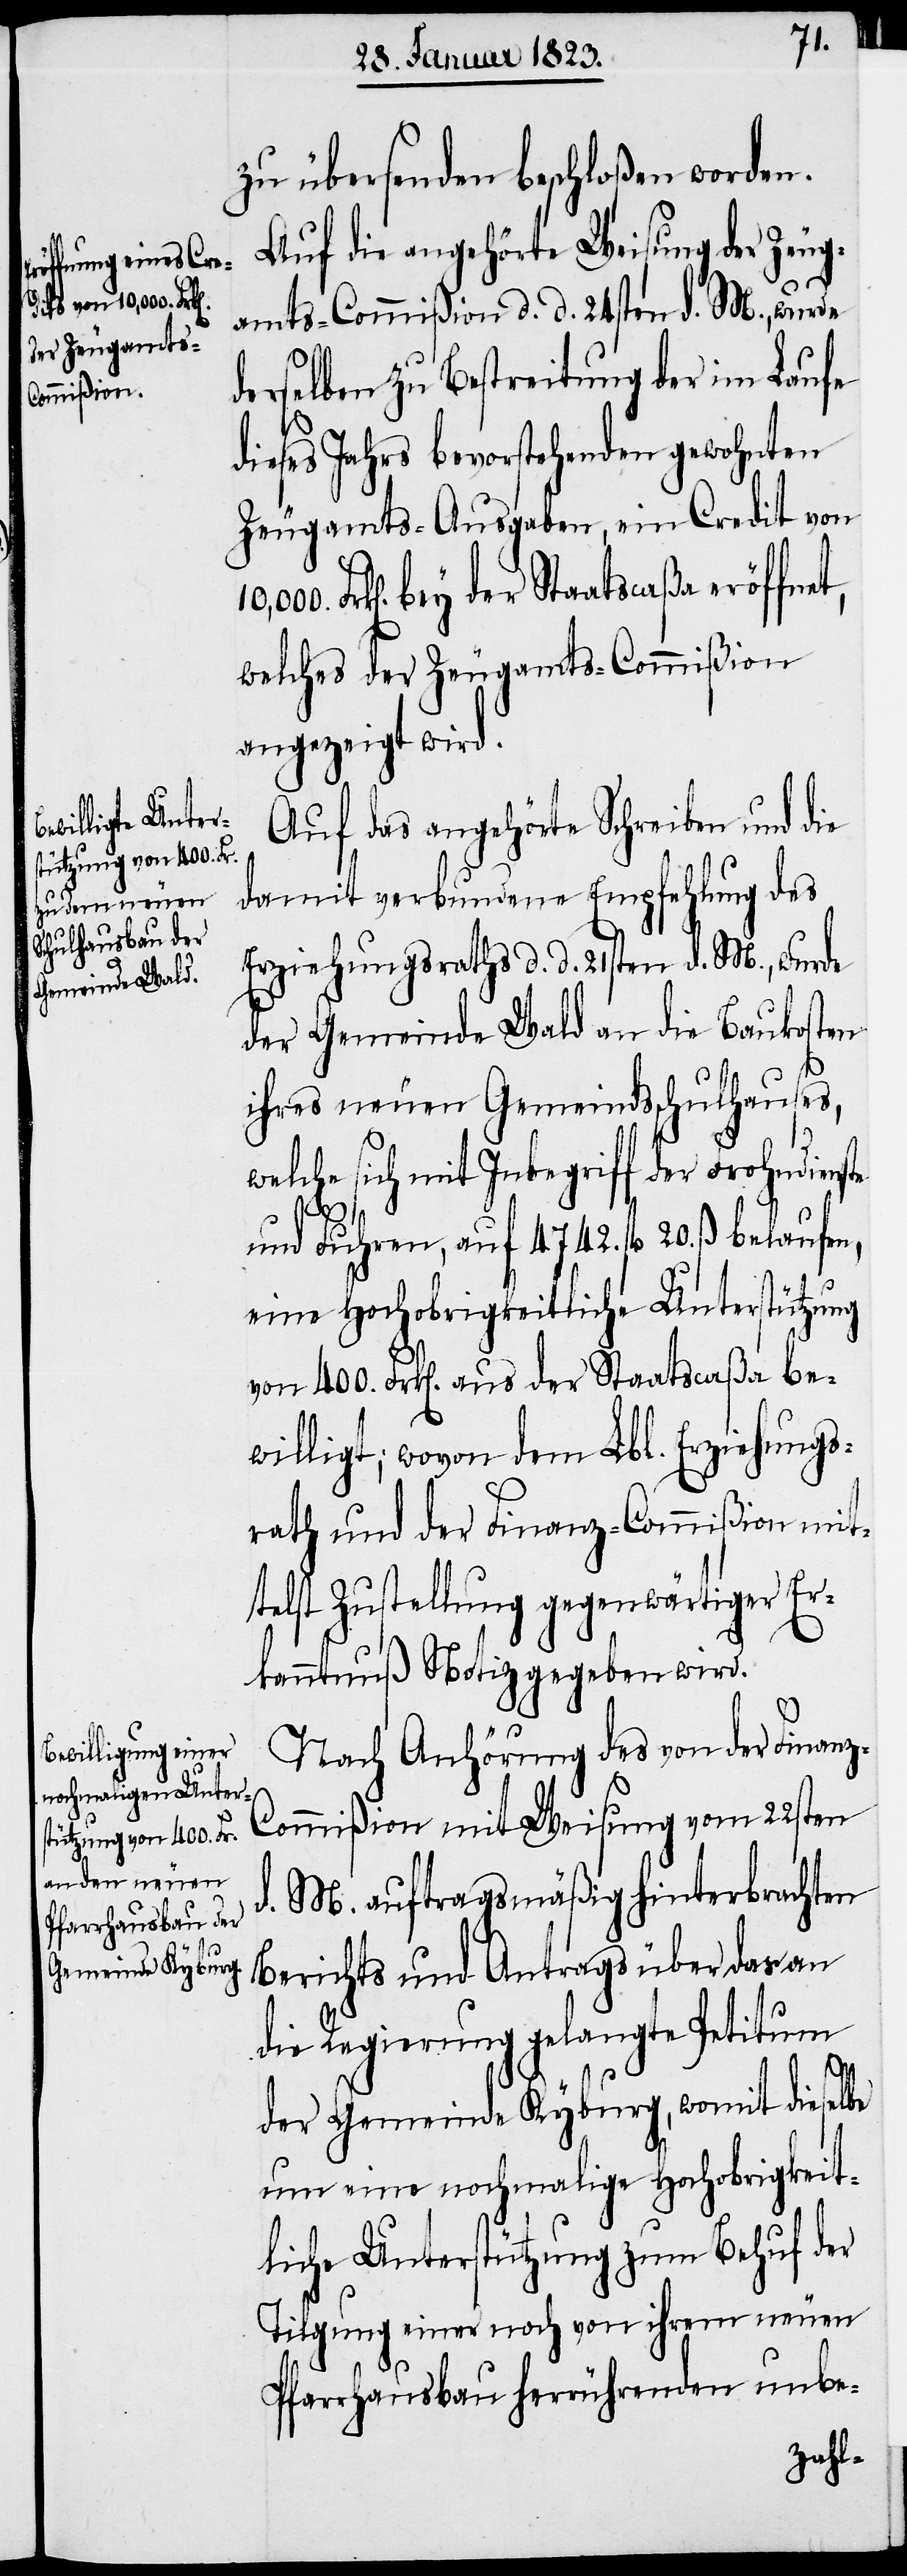
zu übersenden beschloßen worden.
Auf die angehörte Weisung der Zeug¬
amts-Commißion d. d. 24sten d. M., wurde
derselben zu Bestreitung der im Laufe
dieses Jahrs bevorstehenden gewohnten
Zeugamts-Ausgaben, ein Credit von
Frk[en]. bey der Staatscaßa eröffnet,
welches der Zeugamts-Commißion
angezeigt wird.
Auf das angehörte Schreiben und die
damit verbundene Empfehlung des
Erziehungsraths d. d. 21sten d. M., wurde
der Gemeinde Wald an die Baukosten
ihres neuen Gemeindsschulhauses,
welche sich mit Inbegriff der Frohndienste
und Fuhren, auf 4742. fl. 20. ß. belaufen,
eine Hochobrigkeitliche Unterstützung
von 400. Frk[en]. aus der Staatscaßa be¬
willigt; wovon dem Lbl. Erziehungs¬
rath und der Finanz-Commißion mit¬
telst Zustellung gegenwärtiger Er¬
kanntnuß Notiz gegeben wird.
Nach Anhörung des von der Finan¬
z-Commißion mit Weisung vom 22sten
d. M. auftragsmäßig hinterbrachten
Berichts und Antrags über das an
die Regierung gelangte Petitum
der Gemeinde Kyburg, womit dieselbe
um eine nochmalige Hochobrigkeit¬
liche Unterstützung zum Behuf der
Tilgung einer noch von ihrem neuen
Pfarrhausbau herrührenden unbe-